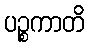
ပဉ္စကာတိ